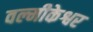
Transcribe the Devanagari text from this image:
वल्मीकेश्वर